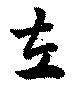
左